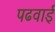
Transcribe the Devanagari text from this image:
पढवाई